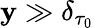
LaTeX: \mathbf{y}\gg\delta_{\tau_{0}}